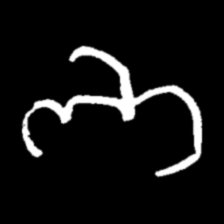
Pyu character \u2014 Myanmar letter: ဘ (romanized: bha)